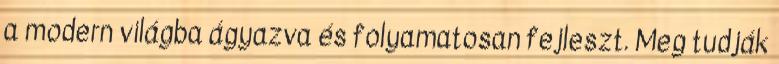
a modern világba ágyazva és folyamatosan fejleszt. Meg tudják